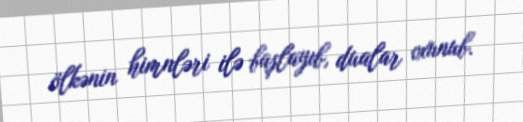
ölkənin himnləri ilə başlayıb, dualar oxunub.